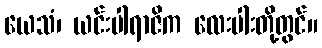
ယေသံ၊ ယင်းပါရာဇိက လေးပါးတို့တွင်။